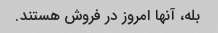
بله، آنها امروز در فروش هستند.